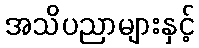
အသိပညာများနှင့်